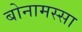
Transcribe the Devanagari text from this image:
बोनामस्सा